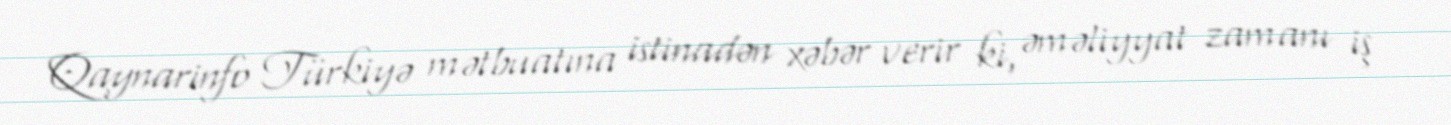
Qaynarinfo Türkiyə mətbuatına istinadən xəbər verir ki, əməliyyat zamanı iş